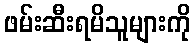
ဖမ်းဆီးရမိသူများကို